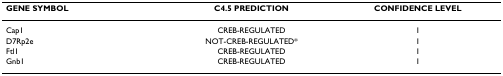
| GENE SYMBOL | C4.5 PREDICTION | CONFIDENCE LEVEL |
 | --- | --- | --- |
 | Cap1 | CREB-REGULATED | 1 |
 | D7Rp2e | NOT-CREB-REGULATED* | 1 |
 | Ftl1 | CREB-REGULATED | 1 |
 | Gnb1 | CREB-REGULATED | 1 |